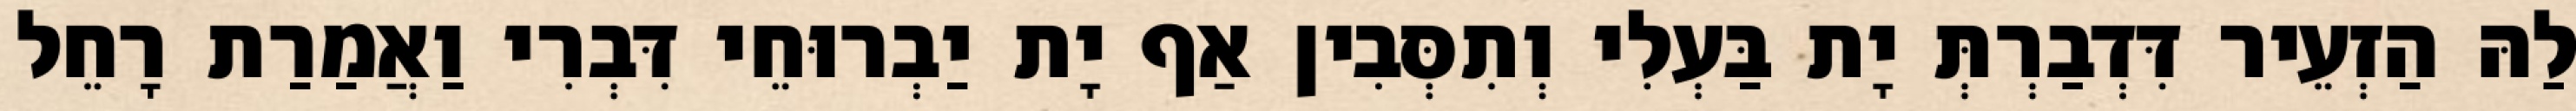
לַהּ הַזְעֵיר דִּדְבַרְתְּ יָת בַּעְלִי וְתִסְּבִין אַף יָת יַבְרוּחֵי דִּבְרִי וַאֲמַרַת רָחֵל